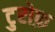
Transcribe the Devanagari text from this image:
टुरोफ़